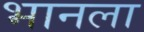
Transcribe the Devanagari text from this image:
भानला